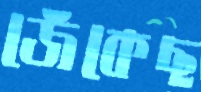
জেঁকেছ